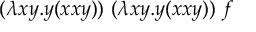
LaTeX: ( \lambda x y . y ( x x y ) ) \ ( \lambda x y . y ( x x y ) ) \ f